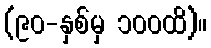
(၉၀-နှစ်မှ ၁၀၀ထိ)။